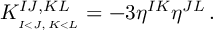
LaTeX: K _ { _ { I < J , \, K < L } } ^ { I J , K L } = - 3 \eta ^ { I K } \eta ^ { J L } \, .